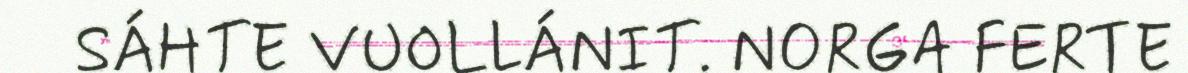
SÁHTE VUOLLÁNIT. NORGA FERTE